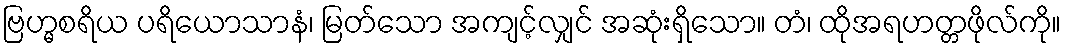
ဗြဟ္မစရိယ ပရိယောသာနံ၊ မြတ်သော အကျင့်လျှင် အဆုံးရှိသော။ တံ၊ ထိုအရဟတ္တဖိုလ်ကို။